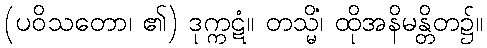
(ပဝိသတော၊ ၏) ဒုက္ကဋံ။ တသ္မိံ၊ ထိုအနိမန္တိတ၌။